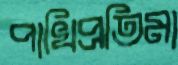
পাখিপ্রতিমা